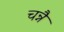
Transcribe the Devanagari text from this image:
चन्नै